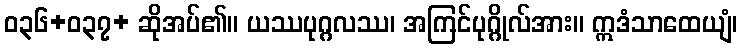
ဝ၃၆+၀၃၇+ ဆိုအပ်၏။ ယဿပုဂ္ဂလဿ၊ အကြင်ပုဂ္ဂိုလ်အား။ ဣဒံသာထေယျံ၊